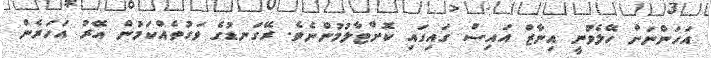
އަހަންނަށް ހޭލެވުނީ އިނާޒް އައިސް ގައިގައި ކޮށްޓާލުމުންނެވެ. ރޭގަނޑުގެ ވަގުތެއްކަމުން އޭރު އަހަރެން